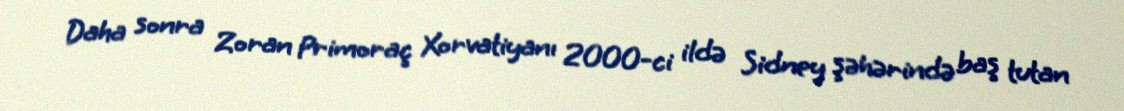
Daha sonra Zoran Primoraç Xorvatiyanı 2000-ci ildə Sidney şəhərində baş tutan